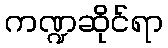
ကဏ္ဍဆိုင်ရာ